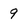
Character: 9